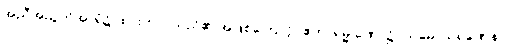
အညီအညွတ်အာရုံ၌ ထားတတ်သည်၏ အဖြစ်ကြောင့်။ ဧကာရမ္မ ဏေ၊ ၌။ သမောသရဏေန၊